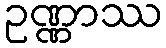
ဥဏ္ဏာဿ